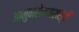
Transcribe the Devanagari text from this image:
आमुनसेनयशस्वी